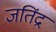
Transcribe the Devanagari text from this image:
जतिंद्र